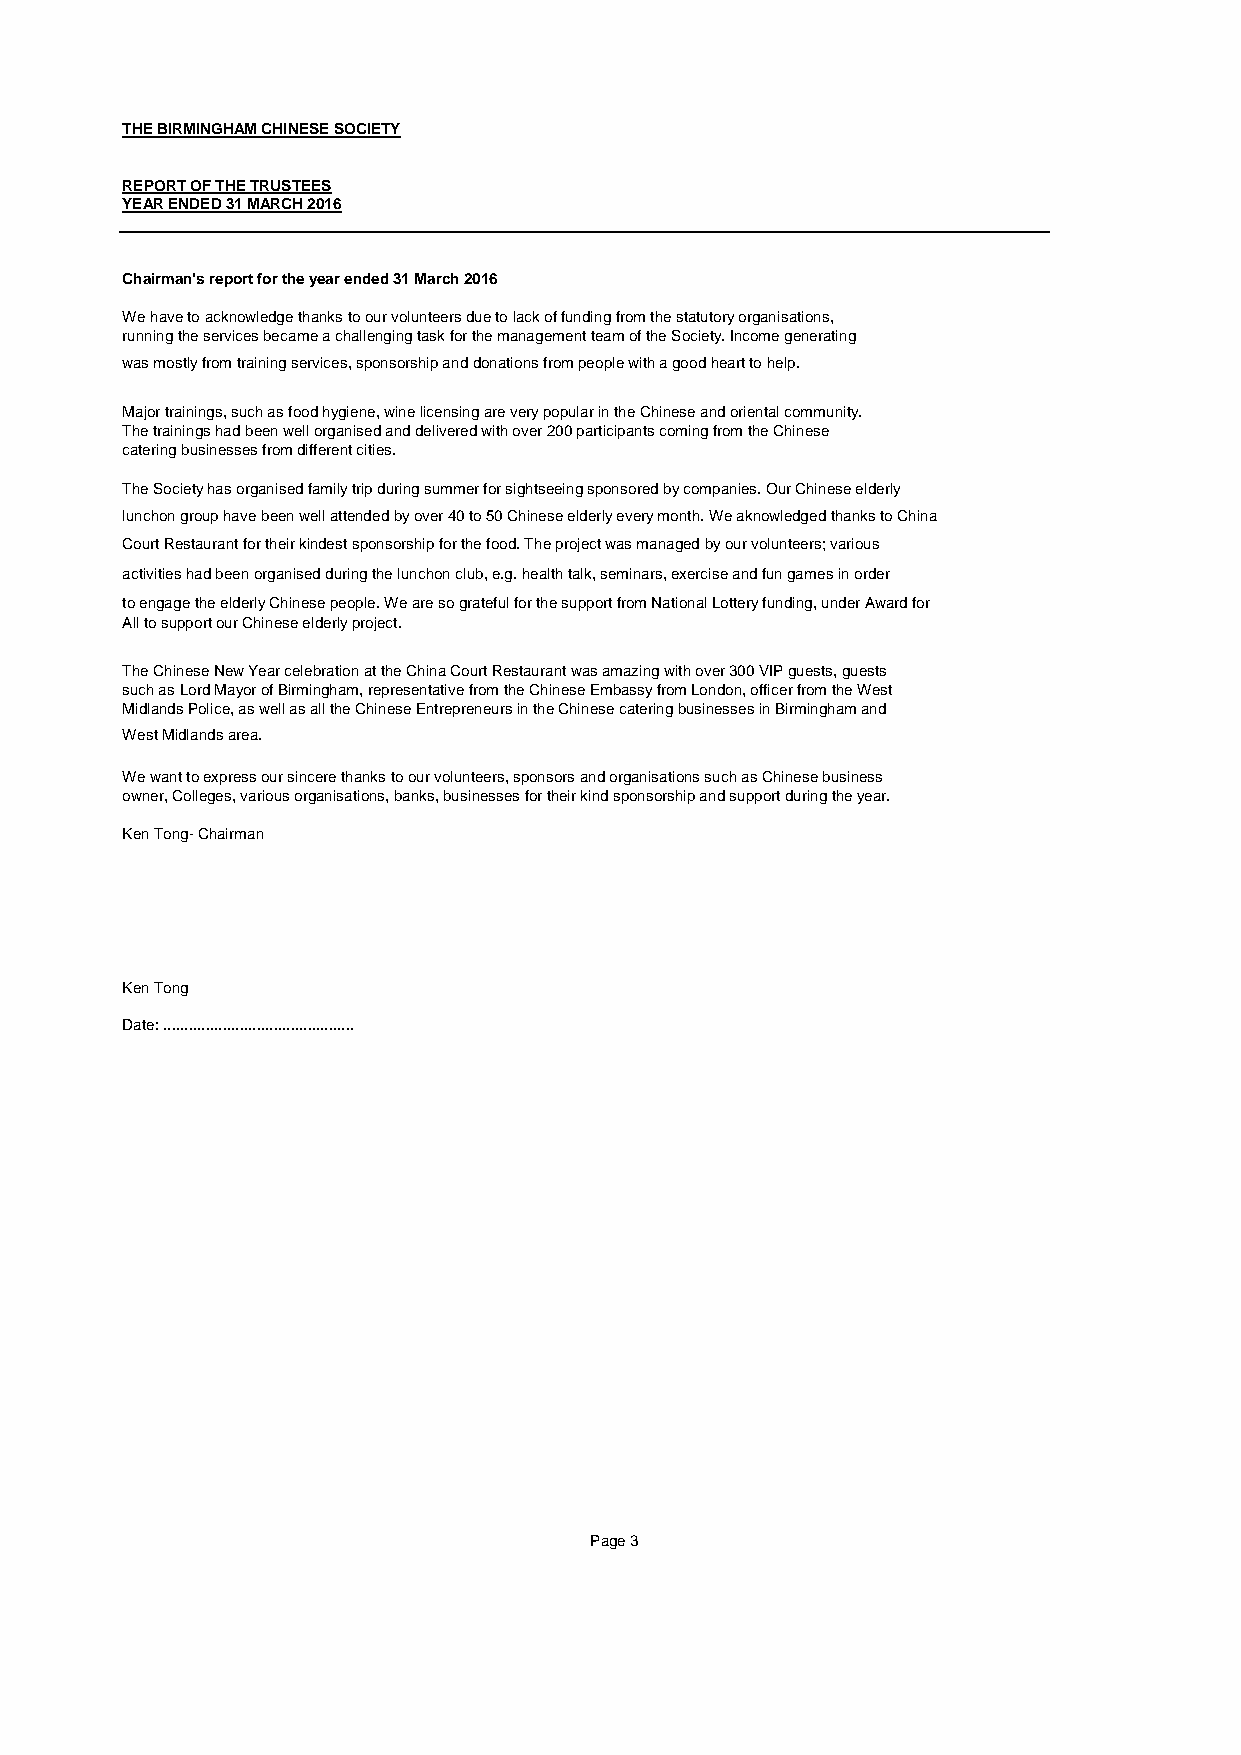
THE BIRMINGHAM CHINESE SOCIETY
 REPORT OF THE TRUSTEES
 YEAR ENDED 31 MARCH 2016
 Chairman's report for the year ended 31 March 2016
 We have to acknowledge thanks to our volunteers due to lack of funding from the statutory organisations,
 running the services became a challenging task for the management team of the Society. Income generating
 was mostly from training services, sponsorship and donations from people with a good heart to help.
 Major trainings, such as food hygiene, wine licensing are very popular in the Chinese and oriental community.
 The trainings had been well organised and delivered with over 200 participants coming from the Chinese
 catering businesses from different cities.
 The Society has organised family trip during summer for sightseeing sponsored by companies. Our Chinese elderly
 lunchon group have been well attended by over 40 to 50 Chinese elderly every month. We aknowledged thanks to China
 Court Restaurant for their kindest sponsorship for the food. The project was managed by our volunteers; various
 activities had been organised during the lunchon club, e.g. health talk, seminars, exercise and fun games in order
 to engage the elderly Chinese people. We are so grateful for the support from National Lottery funding, under Award for
 All to support our Chinese elderly project.
 The Chinese New Year celebration at the China Court Restaurant was amazing with over 300 VIP guests, guests
 such as Lord Mayor of Birmingham, representative from the Chinese Embassy from London, officer from the West
 Midlands Police, as well as all the Chinese Entrepreneurs in the Chinese catering businesses in Birmingham and
 West Midlands area.
 We want to express our sincere thanks to our volunteers, sponsors and organisations such as Chinese business
 owner, Colleges, various organisations, banks, businesses for their kind sponsorship and support during the year.
 Ken Tong- Chairman
 Ken Tong
 Date: .............................................
 Page 3